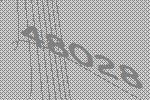
48028